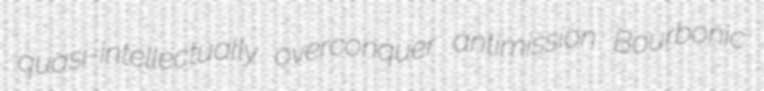
quasi-intellectually overconquer antimission Bourbonic